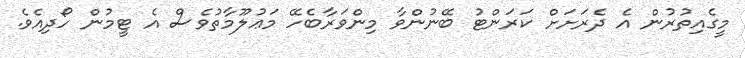
މީގެއިތުރުން އެ ދެރަށަށް ކަރަންޓު ބޭނުންވާ މިންވަރާބެހޭ މަޢުލޫމާތުވެސް އެ ޓީމުން ހޯދިއެވެ.